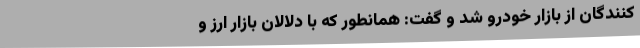
کنندگان از بازار خودرو شد و گفت: همانطور که با دلالان بازار ارز و